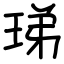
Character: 珶